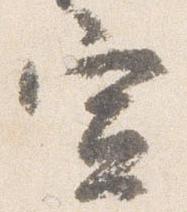
宣